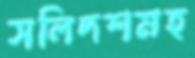
সলিদশমহ